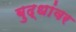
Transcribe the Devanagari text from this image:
बुद्धांवर